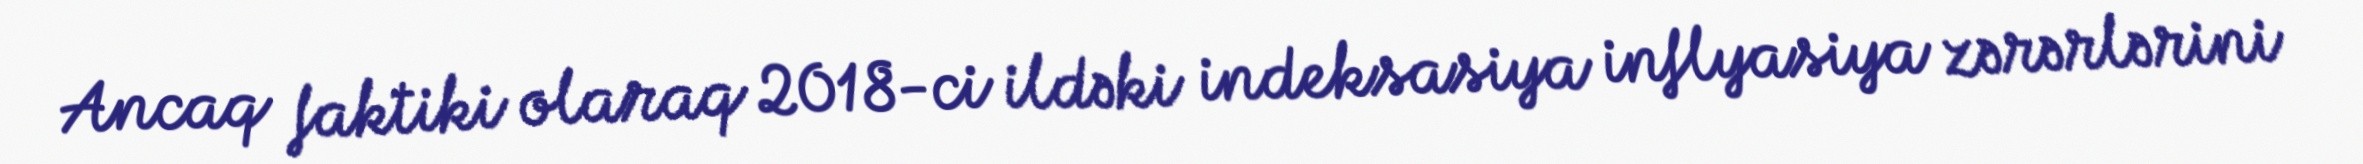
Ancaq faktiki olaraq 2018-ci ildəki indeksasiya inflyasiya zərərlərini